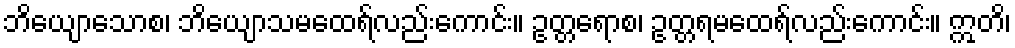
ဘိယျောသောစ၊ ဘိယျောသမထေရ်လည်းကောင်း။ ဥတ္တရောစ၊ ဥတ္တရမထေရ်လည်းကောင်း။ ဣတိ၊